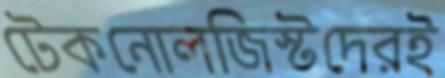
টেকনোলজিস্টদেরই